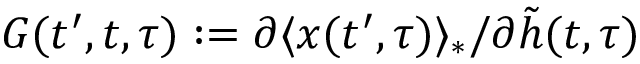
G ( t ^ { \prime } , t , \tau ) : = \partial \langle x ( t ^ { \prime } , \tau ) \rangle _ { * } / \partial \tilde { h } ( t , \tau )